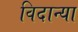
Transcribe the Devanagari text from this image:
विदान्या